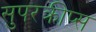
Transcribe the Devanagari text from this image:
सुपरक्रीप्स